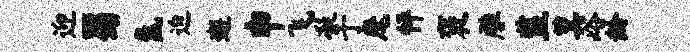
迎蜀氲迫邂申飞凝于麾怦褒雕监箕峪龄